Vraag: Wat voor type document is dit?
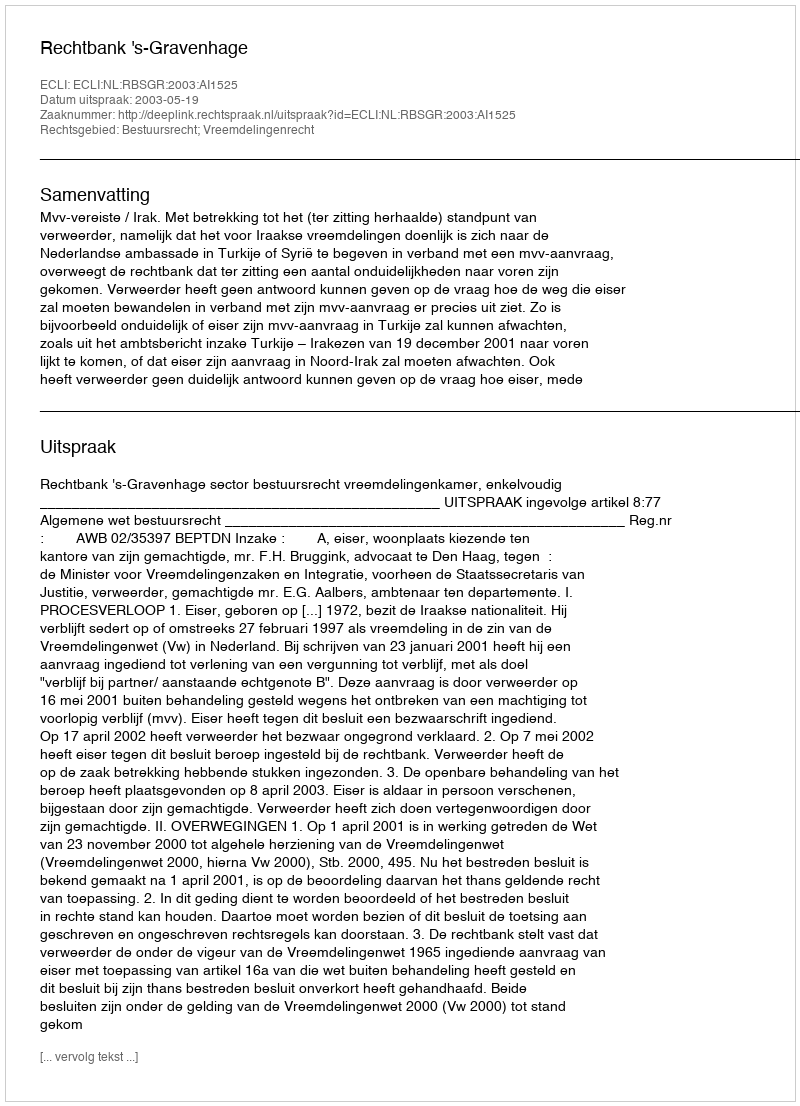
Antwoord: Uitspraak